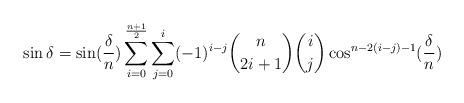
LaTeX: \begin{align*}\sin \delta&=\sin (\frac{\delta}{n})\sum \limits_{i=0}^{\frac{n+1}{2}}\sum \limits_{j=0}^{i}(-1)^{i-j}\binom{n}{2i+1} \binom{i}{j}\cos^{n-2(i-j)-1}(\frac{\delta}{n})\end{align*}